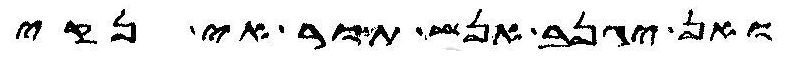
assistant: ואן יגנב אנש תור אי נקי